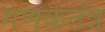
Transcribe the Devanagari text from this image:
गणकतंत्र